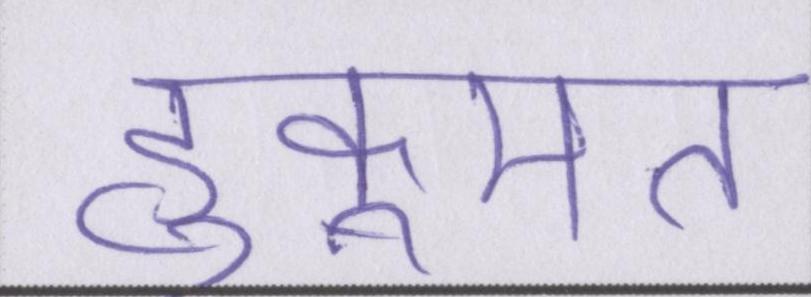
हुकूमत